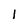
Character: 1